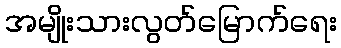
အမျိုးသားလွတ်မြောက်ရေး